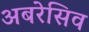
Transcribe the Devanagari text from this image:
अबरेसिव